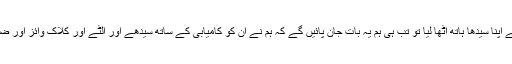
اگر خلائی مخلوق نے صحیح طرح سے اپنا سیدھا ہاتھ اٹھا لیا تو تب ہی ہم یہ بات جان پائیں گے کہ ہم نے ان کو کامیابی کے ساتھ سیدھے اور الٹے اور کلاک وائز اور ضد کلاک وائز کا تصوّر سمجھا دیا ہے۔